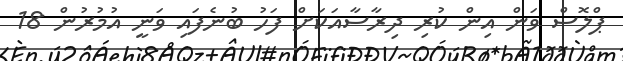
ޕްލޮސް ވަން އިން ކުރި ދިރާސާއަކަށް ފަހު ބުނެފައި ވަނީ އުމުރުން 18